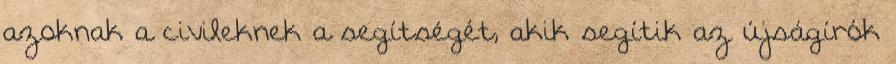
azoknak a civileknek a segítségét, akik segítik az újságírók